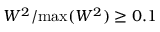
W ^ { 2 } / \mathrm { m a x } ( W ^ { 2 } ) \geq 0 . 1 \